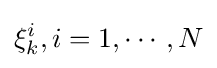
\xi _{k}^{i},i=1,\cdots ,N